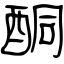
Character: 酮